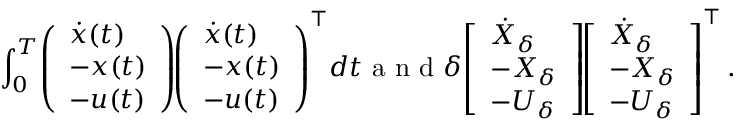
\int _ { 0 } ^ { T } \! \left( \begin{array} { l } { \dot { x } ( t ) } \\ { - x ( t ) } \\ { - u ( t ) } \end{array} \right) \! \! \left( \begin{array} { l } { \dot { x } ( t ) } \\ { - x ( t ) } \\ { - u ( t ) } \end{array} \right) ^ { \top } \! d t \textrm { a n d } \delta \! \left[ \begin{array} { l } { \dot { X } _ { \delta } } \\ { - X _ { \delta } } \\ { - U _ { \delta } } \end{array} \right] \! \! \left[ \begin{array} { l } { \dot { X } _ { \delta } } \\ { - X _ { \delta } } \\ { - U _ { \delta } } \end{array} \right] ^ { \top } .